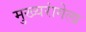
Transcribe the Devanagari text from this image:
मुख्यरांगेला